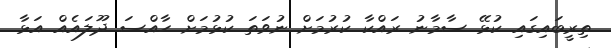
ތިރީބައިގައި ކުޅޭ ސާމާނު ރައްކާ ކުރުމަށް ނުވަތަ ކުޅުމަށް ހާއްސަ ދޫލައެއް އަޅާ